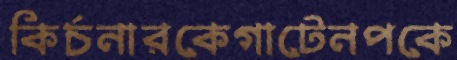
কির্চনারকেগাটেনপকে